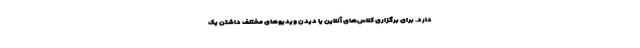
دارد. برای برگزاری کلاس‌های آنلاین یا دیدن ویدیو‌های مختلف داشتن یک